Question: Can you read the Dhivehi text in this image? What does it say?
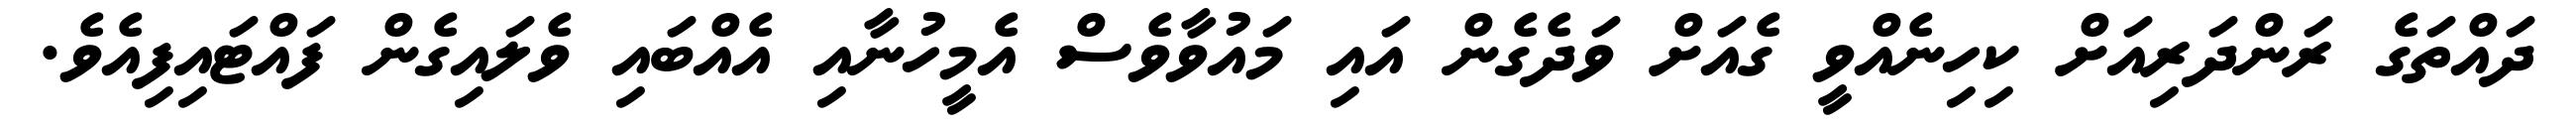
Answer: ދައްތަގެ ރަންދަރިއަށް ކިހިނެއްވީ ގެއަށް ވަދެގެން އައި މައުވާވެސް އެމީހުނާއި އެއްބައި ވެލައިގެން ފައްޓައިފިއެވެ.